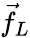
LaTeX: \vec{f}_{L}